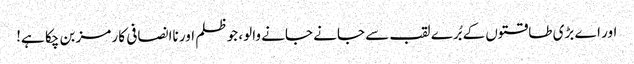
اور اے بڑی طاقتوں کے بُرے لقب سے جانے جانے والو، جو ظلم اور ناانصافی کا رمز بن چکا ہے!